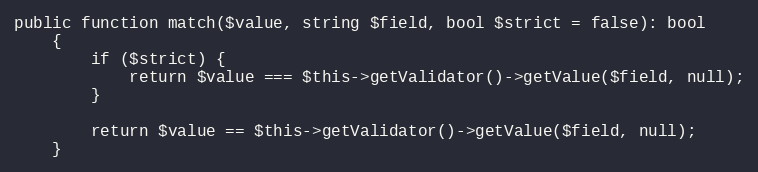
Language: PHP
public function match($value, string $field, bool $strict = false): bool
    {
        if ($strict) {
            return $value === $this->getValidator()->getValue($field, null);
        }

        return $value == $this->getValidator()->getValue($field, null);
    }